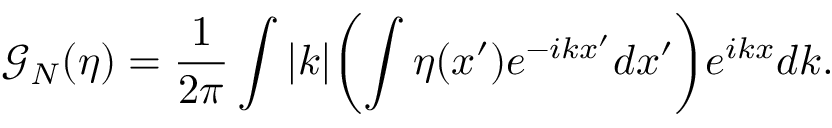
\mathcal { G } _ { N } ( \eta ) = \frac { 1 } { 2 \pi } \int | k | \biggl ( \int \eta ( x ^ { \prime } ) e ^ { - i k x ^ { \prime } } d x ^ { \prime } \biggl ) e ^ { i k x } d k .